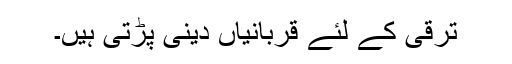
ترقی کے لئے قربانیاں دینی پڑتی ہیں۔